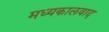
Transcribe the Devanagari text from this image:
मध्यकालवाद